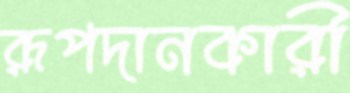
রূপদানকারী